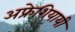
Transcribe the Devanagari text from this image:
अफ्रेशियायी